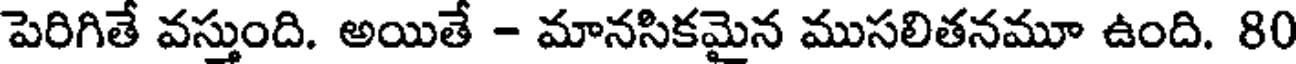
పెరిగితే వస్తుంది. అయితే - మానసికమైన ముసలితనమూ ఉంది. 80